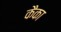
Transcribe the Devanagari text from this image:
कैका